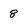
Character: 8